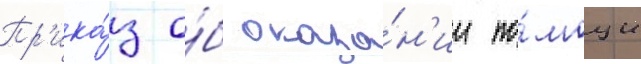
Пр'ика́з о́б оказа́н'ии по́мощи